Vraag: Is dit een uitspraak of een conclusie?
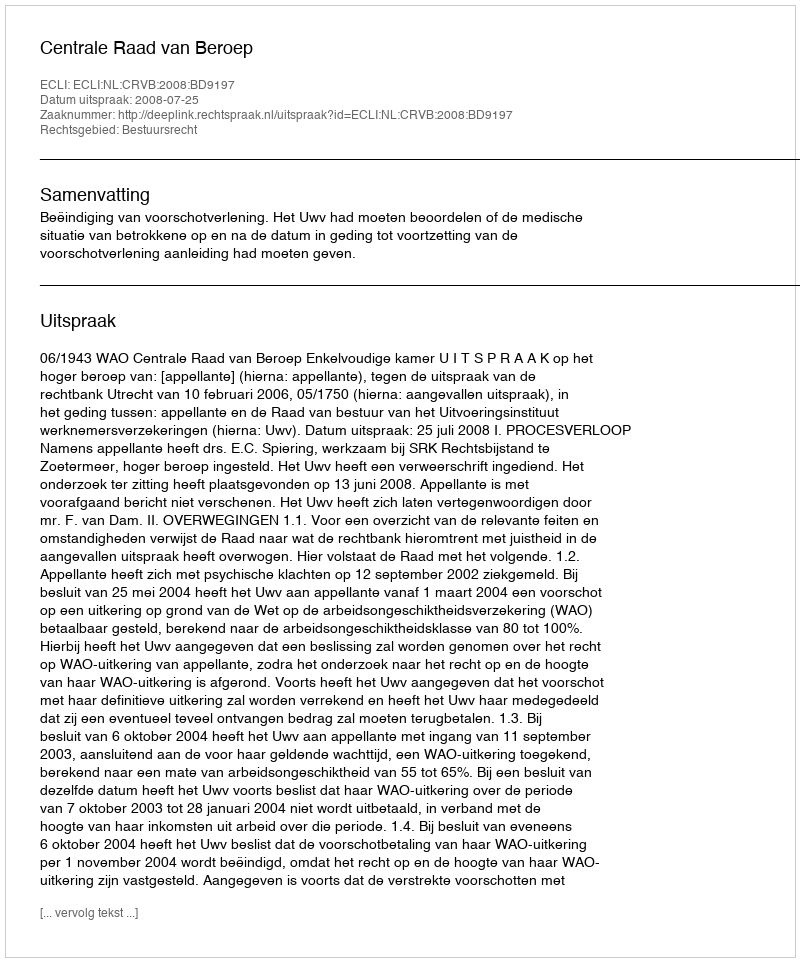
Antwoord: Uitspraak